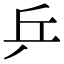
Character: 乒